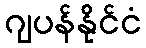
ဂျပန်နိုင်ငံ